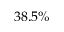
3 8 . 5 \%